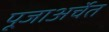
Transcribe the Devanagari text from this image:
पूजाअर्चेत